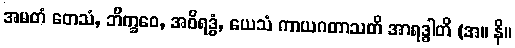
အမတံ တေသံ, ဘိက္ခဝေ, အဝိရဒ္ဓံ, ယေသံ ကာယဂတာသတိ အာရဒ္ဓါတိ (အ။ နိ။